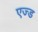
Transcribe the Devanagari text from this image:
एज्ड